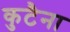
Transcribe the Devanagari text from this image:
कुटैना